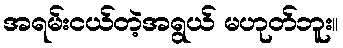
အရမ်းငယ်တဲ့အရွယ် မဟုတ်ဘူး။